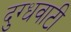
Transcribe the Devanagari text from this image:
दुग्धवाटी